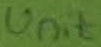
Text: Unit